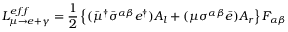
{ \cal { L } } _ { \mu \rightarrow e + \gamma } ^ { e f f } = \frac { 1 } { 2 } \left\{ ( \bar { \mu } ^ { \dagger } \bar { \sigma } ^ { \alpha \beta } e ^ { \dagger } ) A _ { l } + ( \mu \sigma ^ { \alpha \beta } \bar { e } ) A _ { r } \right\} F _ { \alpha \beta }